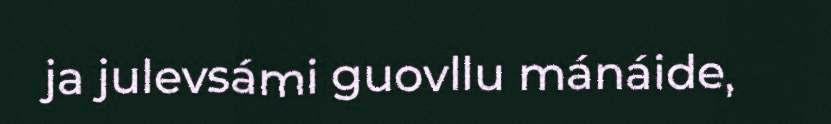
ja julevsámi guovllu mánáide,